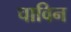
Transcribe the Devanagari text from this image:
चाविन